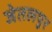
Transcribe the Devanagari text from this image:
जेतलपुर